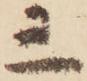
三